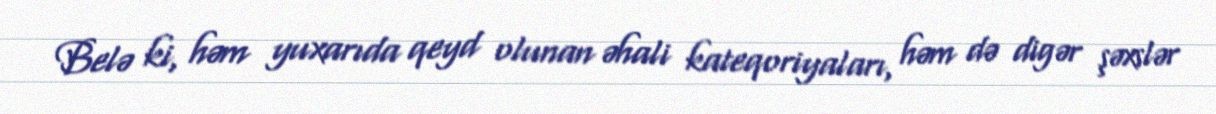
Belə ki, həm yuxarıda qeyd olunan əhali kateqoriyaları, həm də digər şəxslər